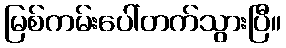
မြစ်ကမ်းပေါ်တက်သွားပြီ။